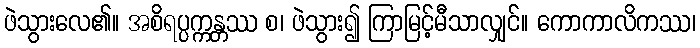
ဖဲသွားလေ၏။ အစိရပ္ပက္ကန္တဿ စ၊ ဖဲသွား၍ ကြာမြင့်မီသာလျှင်။ ကောကာလိကဿ၊